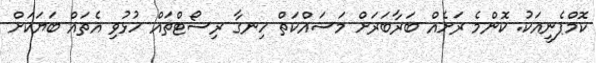
ކޮމްޕެނީއަކު. ކޮންމެ ރަށެއް ބަރާބަރަށް މަސައްކަތް ހިނގާ ރިސޯޓްތައް ހުޅުވި އެތައް ބަޔަކަށް